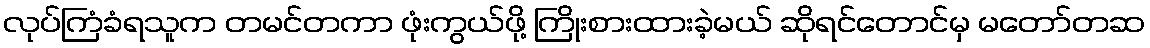
လုပ်ကြံခံရသူက တမင်တကာ ဖုံးကွယ်ဖို့ ကြိုးစားထားခဲ့မယ် ဆိုရင်တောင်မှ မတော်တဆ